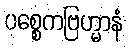
ပစ္စေကဗြဟ္မာနံ